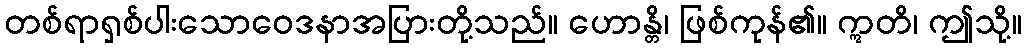
တစ်ရာရှစ်ပါးသောဝေဒနာအပြားတို့သည်။ ဟောန္တိ၊ ဖြစ်ကုန်၏။ ဣတိ၊ ဤသို့။